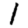
Digit: 1